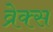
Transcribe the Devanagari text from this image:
व्रेक्स